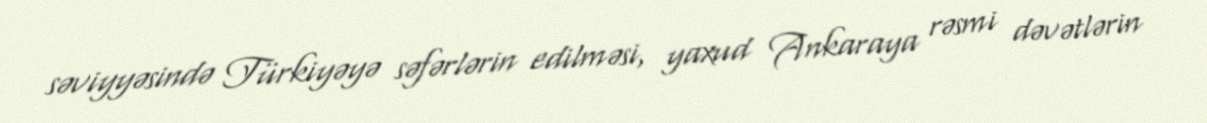
səviyyəsində Türkiyəyə səfərlərin edilməsi, yaxud Ankaraya rəsmi dəvətlərin